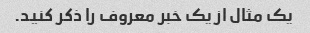
یک مثال از یک خبر معروف را ذکر کنید.